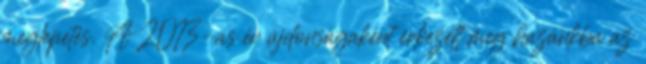
meglepetés. A 2013-as év újdonságaként érkezett meg hazánkba az